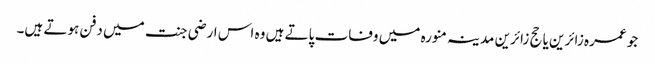
جو عمرہ زائرین یا حج زائرین مدینہ منورہ میں وفات پاتے ہیں وہ اس ارضی جنت میں دفن ہوتے ہیں۔